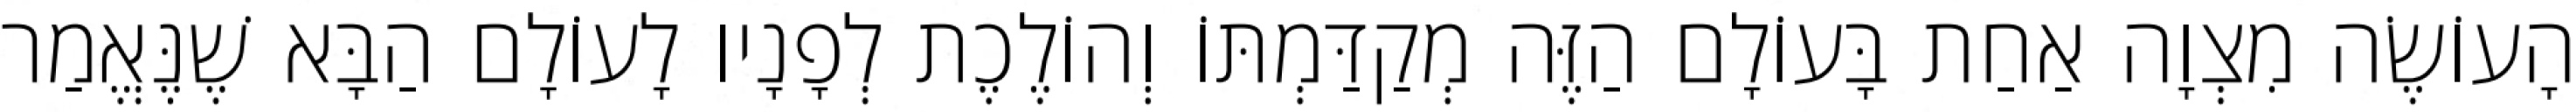
הָעוֹשֶׂה מִצְוָה אַחַת בָּעוֹלָם הַזֶּה מְקַדַּמְתּוֹ וְהוֹלֶכֶת לְפָנָיו לָעוֹלָם הַבָּא שֶׁנֶּאֱמַר